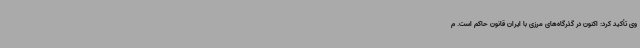
وی تأکید کرد: اکنون در گذرگاه‌های مرزی با ایران قانون حاکم است. م